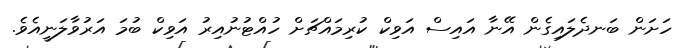
ހަށަން ބަނދެލައިގެން އޭނާ އައިސް އަވިކް ކުރިމައްޗަށް ހުއްޓުނުއިރު އަވިކް ބުމަ އަރުވާލަނީއެވެ.